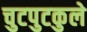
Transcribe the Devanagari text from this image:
चुटपुटकुले